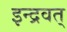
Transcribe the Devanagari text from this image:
इन्द्रवत्